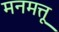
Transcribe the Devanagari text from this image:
मनमत्तू